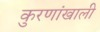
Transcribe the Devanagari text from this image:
कुरणांखाली